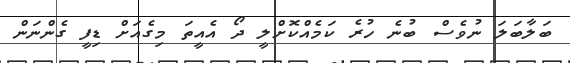
ބަލާބަލަ ނުވެސް ބުނެ ހުރެ ކަމެއްކޮށްލީ ދޯ އެއީތަ މިގެއަށް ޑިފީ ގެންނަން